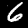
Label: 6